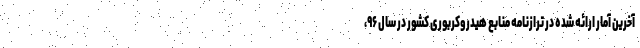
آخرین آمار ارائه شده در ترازنامه منابع هیدروکربوری کشور در سال ۹۶،